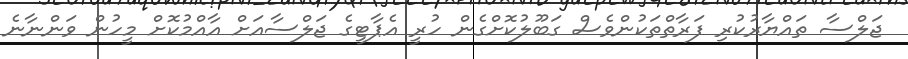
ޖަލްސާ ތައްޔާރުކުރި ފަރާތްތަކުންވެސް ގަބޫލުކޮށްގެން ހުރީ އެޕާޓީގެ ޖަލްސާއަށް އާއްމުކޮށް މީހުން ވަންނާނެ